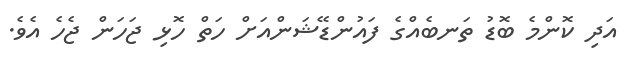
އަދި ކޮންމެ ބޮޑު ތަނބެއްގެ ފައުންޑޭޝަންއަށް ހަތް ހޮޅި ޖަހަން ޖެހެ އެވެ.